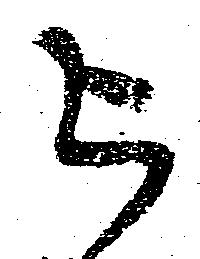
被